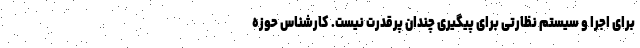
برای اجرا و سیستم نظارتی برای پیگیری چندان پرقدرت نیست. کارشناس حوزه